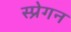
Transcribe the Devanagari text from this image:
स्प्रेगन